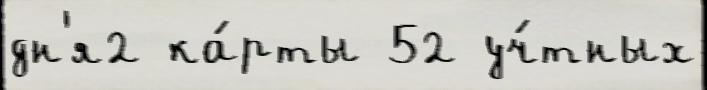
дн'я2 ка́рты 52 уч́тных